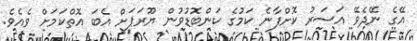
އޭގެ ނޭދެވޭ އަސަރު ކޮށްފާނެ ކަމުގެ ކަންބޮޑުވުން ޔޫރަޕަށް އެބަ އޮތްކަމަށް ވެއެވެ.